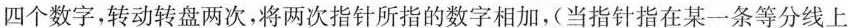
四个数字，转动转盘两次，将两次指针所指的数字相加，(当指针指在某一条等分线上